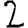
Digit: 2